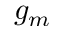
g _ { m }